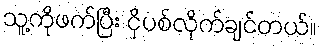
သူ့ကိုဖက်ပြီး ငိုပစ်လိုက်ချင်တယ်။